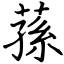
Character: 蓀